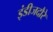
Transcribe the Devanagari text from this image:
इंडीजदौरे